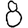
Digit: 8